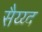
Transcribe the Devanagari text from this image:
सैय्य्द